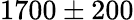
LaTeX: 1700\pm 200